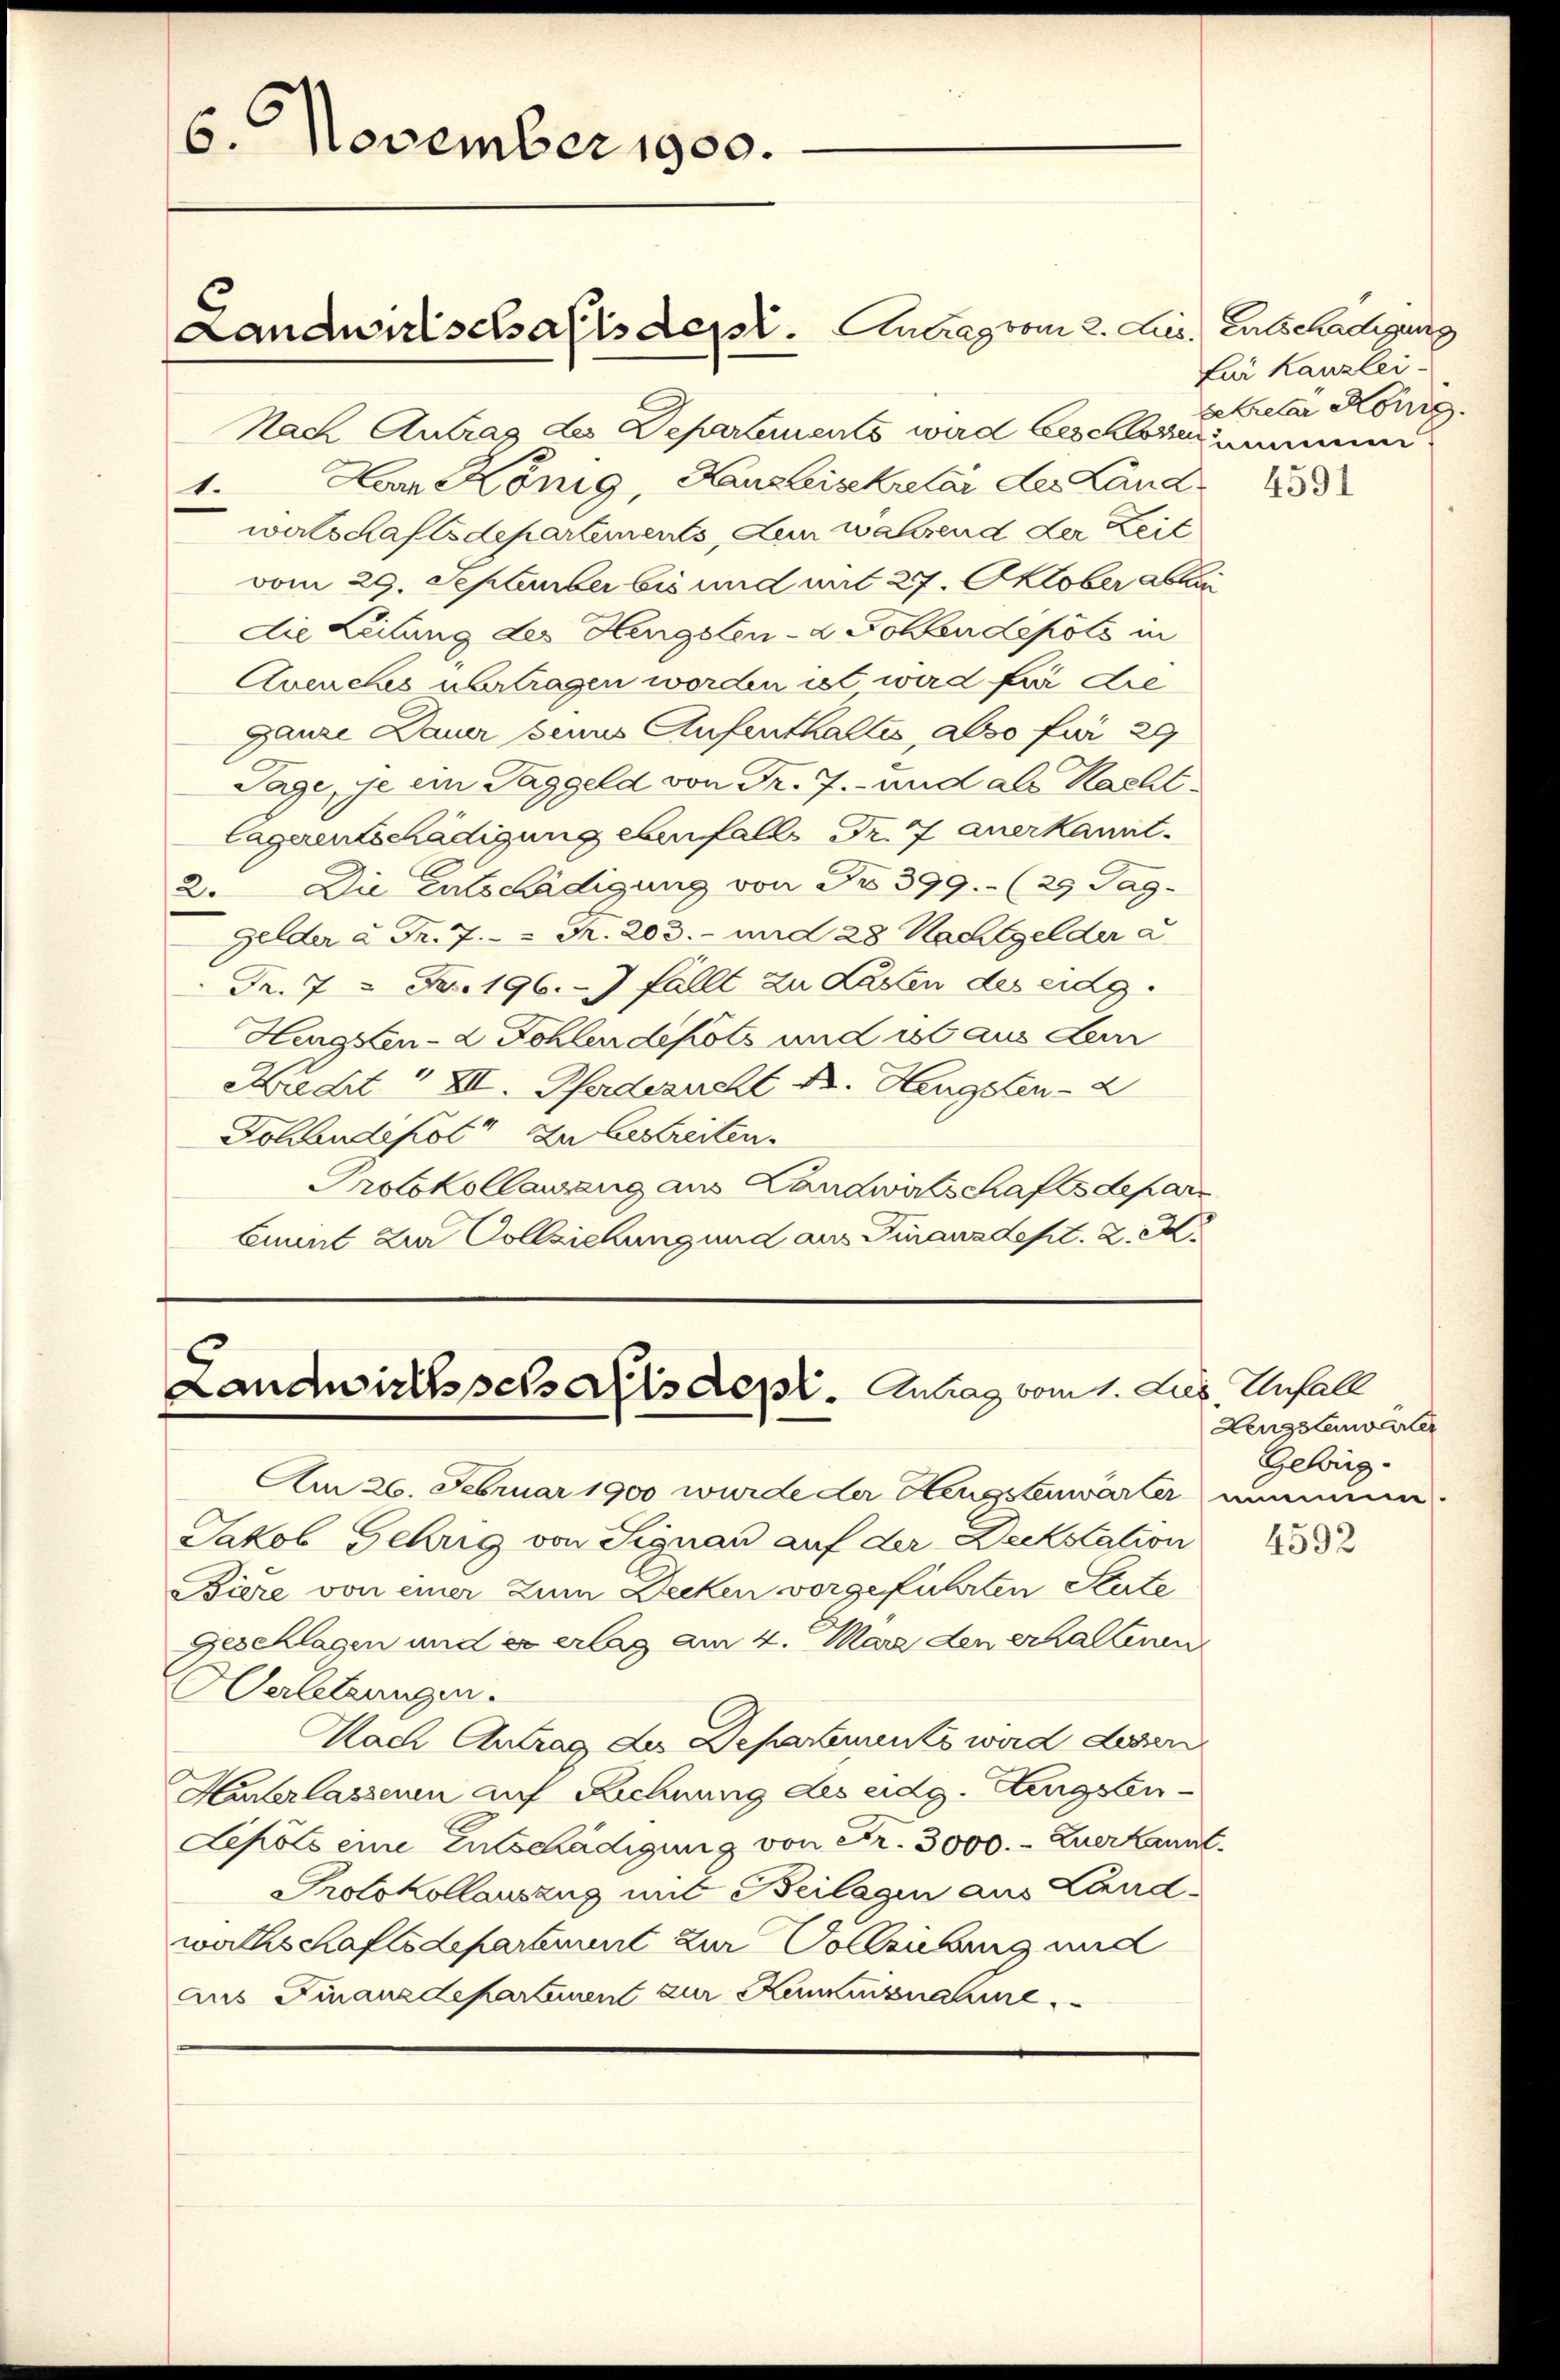
6. November 1900.
Landwirtschaftsdest. Antrag vom 2. Aus. Entschädigung

Nach Antrag des Departements wird beschloserinn
1. Horn König, Kanzleisekretär der Land
walschaftsdepartements, den wahrend der Zeit
vom 29. September bis und mit 27. Oktober ablei
die Leitung des Hengsten- & Sohlen depols in
Avenches übertragen worden ist wird für die
ganze Dauer seins Aufenthaltes, also für 29
Tage, je ein Taggeld von Fr. 7.- und als Nachtlagerentschädigung ebenfalls Dr. 7 anerkannt.
2. Die Entschädigung von Nr. 399.- (25 Tag.
Gelder u Fr. 7. " Fr. 203. und 28 Nachtgelder a
Fr. 7 2 Fr. 196. 7 fällt zu Lasten des eidg.
Hengsten - 2 Fohlendepots und ist aus den
Kadt" XII. Pfadezucht Dr. Hengsten
Dolendepot zu bestreiten.
Protokollaueng aus Landwalschaftsdepar
Cunit zur Vollziehung und aus Finanzdept. 2. M.

Landwirthspers als Sept.  Antrag vom 1. Jus Unfall

Am 26. Februar 1900 wurde der Aeugstenwärter nimmen.
Jakob Gehrig von Signau auf der Deckstation
Biere von einer Zum Decken vorgeführten Stute
Geschlagen und er erlag am 4. März den erhaltenen
Herletzungen.
Nach Antrag der Departements wird deren
Hinterlassenen auf Zichnung des eidg. Hengsten-
Lepots eine Entschädigung von Fr. 3000.- Zuerkannt.
Protokollauszug mit Beilagen aus Landwathschaftsdepartement zur Vollziehung und
aus Finanzdepartanen zur Kaminznahme.

Für Kanzlei-
Sretar König.

4591

Hengstenwarter
Gebrig-

4592